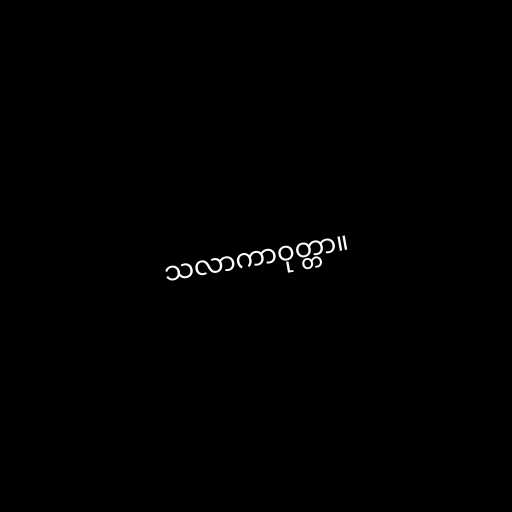
သလာကာဝုတ္တာ။